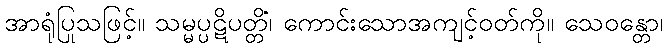
အာရုံပြုသဖြင့်။ သမ္မပ္ပဋိပတ္တိံ၊ ကောင်းသောအကျင့်ဝတ်ကို။ သေဝန္တော၊